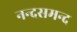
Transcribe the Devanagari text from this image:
नन्‍दसमन्‍द